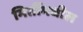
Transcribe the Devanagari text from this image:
मितींमधील